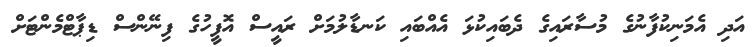
އަދި އެމަނިކުފާނުގެ މުސާރައިގެ ދެބައިކުޅަ އެއްބައި ކަނޑާލުމަށް ރައީސް އޮފީހުގެ ފިނޭންސް ޑިޕާޓްމެންޓަށް